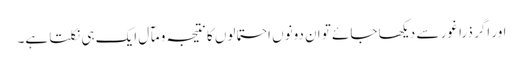
اور اگر ذرا غور سے دیکھا جائے تو ان دونوں احتمالوں کا نتیجہ و مآل ایک ہی نکلتا ہے۔